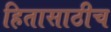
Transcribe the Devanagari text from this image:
हितासाठीच